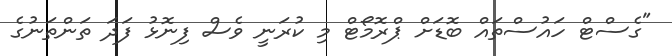
"ގެސްޓް ހައުސްތައް ބޮޑަށް ޕްރޮމޯޓް މި ކުރަނީ ވެސް ފިނޮޅު ފަދަ ތަންތަނުގެ